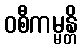
ဝစီကမ္မန္တိ